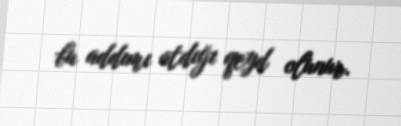
bu addımı atdığı qeyd olunur.